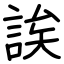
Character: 誒